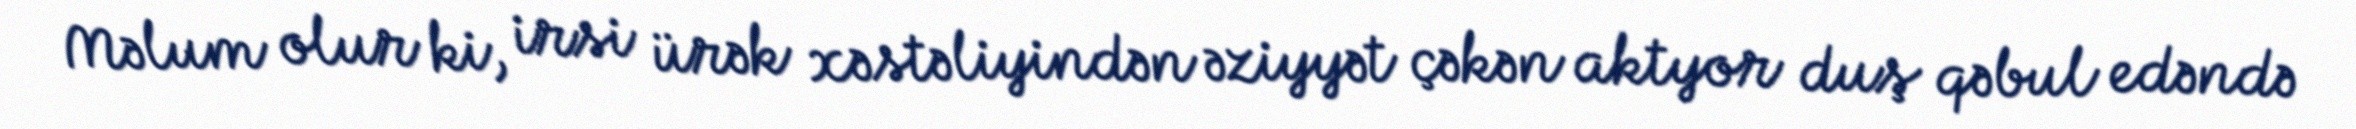
Məlum olur ki, irsi ürək xəstəliyindən əziyyət çəkən aktyor duş qəbul edəndə